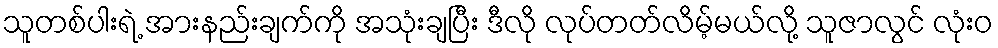
သူတစ်ပါးရဲ့ အားနည်းချက်ကို အသုံးချပြီး ဒီလို လုပ်တတ်လိမ့်မယ်လို့ သူဇာလွင် လုံးဝ